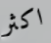
اكثر